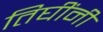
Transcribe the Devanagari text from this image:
तिघींनी